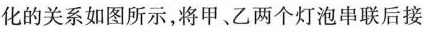
化的关系如图所示，将甲、乙两个灯泡串联后接